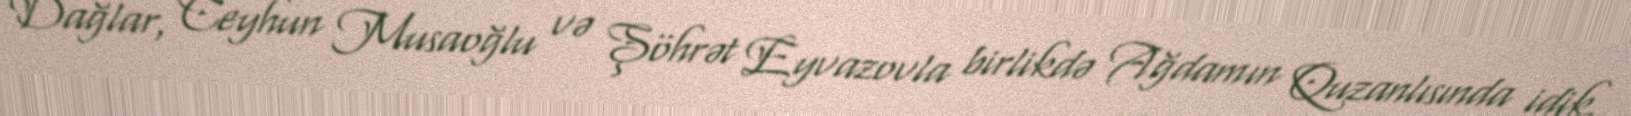
Dağlar, Ceyhun Musaoğlu və Şöhrət Eyvazovla birlikdə Ağdamın Quzanlısında idik.